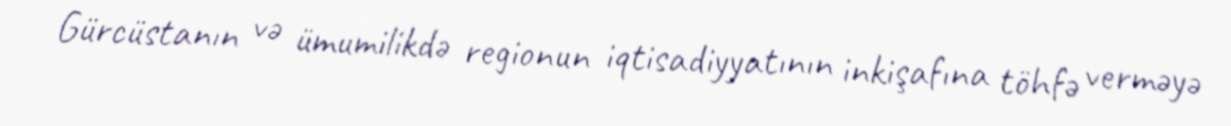
Gürcüstanın və ümumilikdə regionun iqtisadiyyatının inkişafına töhfə verməyə